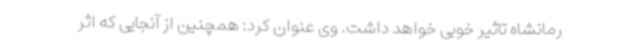
رمانشاه تاثیر خوبی خواهد داشت. وی عنوان کرد: همچنین از آنجایی که اثر